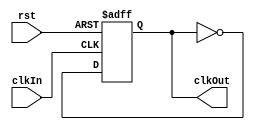
module clkDivider( 	input clkIn, 
							input rst, 
							output reg clkOut
																);
	
	initial 
		clkOut <= 0;
	
	always@(posedge clkIn or posedge rst) begin
		if(rst == 1) 
			clkOut <= 0;
		else 
			clkOut <= ~clkOut;
	end
	
endmodule